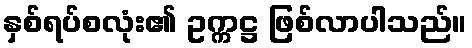
နှစ်ရပ်စလုံး၏ ဥက္ကဋ္ဌ ဖြစ်လာပါသည်။